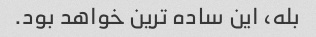
بله، این ساده ترین خواهد بود.